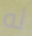
له